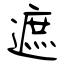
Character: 遮